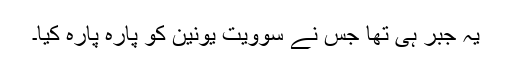
یہ جبر ہی تھا جس نے سوویت یونین کو پارہ پارہ کیا۔